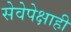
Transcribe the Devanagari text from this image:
सेवेपेक्षाही